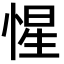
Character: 惺